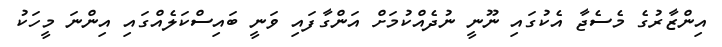
އިންޒާރުގެ މެސެޖާ އެކުގައި ނޫނީ ނުދެއްކުމަށް އަންގާފައި ވަނީ ބައިސްކަލެއްގައި އިންނަ މީހަކު